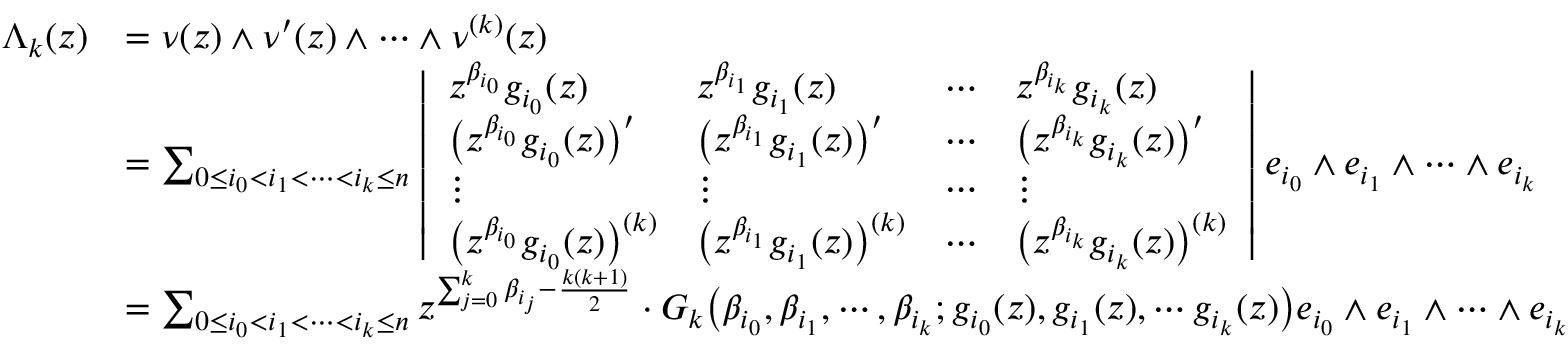
\begin{array} { r l } { \Lambda _ { k } ( z ) } & { = \nu ( z ) \wedge \nu ^ { \prime } ( z ) \wedge \cdots \wedge \nu ^ { ( k ) } ( z ) } \\ & { = \sum _ { 0 \le i _ { 0 } < i _ { 1 } < \cdots < i _ { k } \le n } \left| \begin{array} { l l l l } { z ^ { \beta _ { i _ { 0 } } } g _ { i _ { 0 } } ( z ) } & { z ^ { \beta _ { i _ { 1 } } } g _ { i _ { 1 } } ( z ) } & { \cdots } & { z ^ { \beta _ { i _ { k } } } g _ { i _ { k } } ( z ) } \\ { \big ( z ^ { \beta _ { i _ { 0 } } } g _ { i _ { 0 } } ( z ) \big ) ^ { \prime } } & { \big ( z ^ { \beta _ { i _ { 1 } } } g _ { i _ { 1 } } ( z ) \big ) ^ { \prime } } & { \cdots } & { \big ( z ^ { \beta _ { i _ { k } } } g _ { i _ { k } } ( z ) \big ) ^ { \prime } } \\ { \vdots } & { \vdots } & { \cdots } & { \vdots } \\ { \big ( z ^ { \beta _ { i _ { 0 } } } g _ { i _ { 0 } } ( z ) \big ) ^ { ( k ) } } & { \big ( z ^ { \beta _ { i _ { 1 } } } g _ { i _ { 1 } } ( z ) \big ) ^ { ( k ) } } & { \cdots } & { \big ( z ^ { \beta _ { i _ { k } } } g _ { i _ { k } } ( z ) \big ) ^ { ( k ) } } \end{array} \right| e _ { i _ { 0 } } \wedge e _ { i _ { 1 } } \wedge \cdots \wedge e _ { i _ { k } } } \\ & { = \sum _ { 0 \le i _ { 0 } < i _ { 1 } < \cdots < i _ { k } \le n } z ^ { \sum _ { j = 0 } ^ { k } \beta _ { i _ { j } } - \frac { k ( k + 1 ) } { 2 } } \cdot G _ { k } \big ( \beta _ { i _ { 0 } } , \beta _ { i _ { 1 } } , \cdots , \beta _ { i _ { k } } ; g _ { i _ { 0 } } ( z ) , g _ { i _ { 1 } } ( z ) , \cdots g _ { i _ { k } } ( z ) \big ) e _ { i _ { 0 } } \wedge e _ { i _ { 1 } } \wedge \cdots \wedge e _ { i _ { k } } } \end{array}